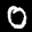
Label: 0